Indian journal of veterinary science and animal husbandry - Volume 11,
Year: 1941
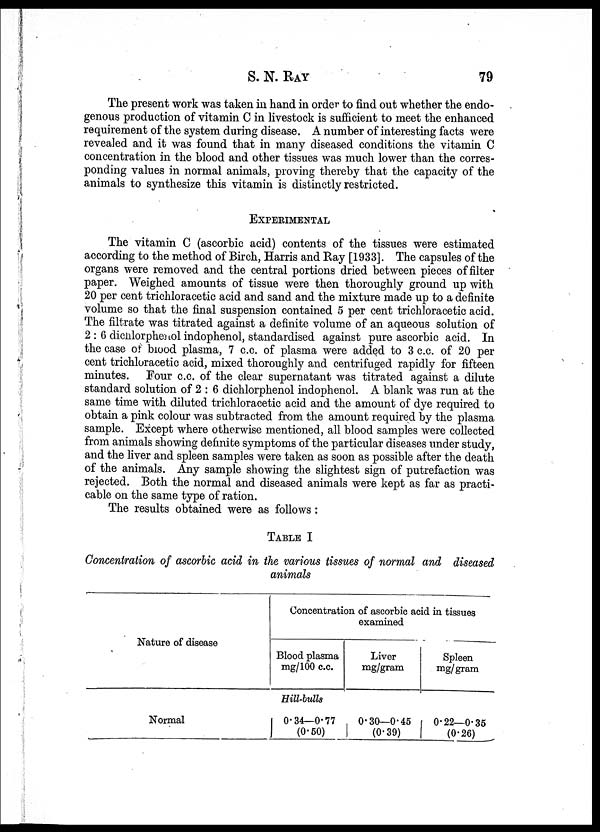
S. N.
RAY
79
The present work was taken in hand in order to find out whether the endo-
genous production of vitamin C in livestock is sufficient to meet the enhanced
requirement of the system during disease. A number of interesting facts were
revealed and it was found that in many diseased conditions the vitamin C
concentration in the blood and other tissues was much lower than the corres-
ponding values in normal animals, proving thereby that the capacity of the
animals to synthesize this vitamin is distinctly restricted.
EXPERIMENTAL
The vitamin C (ascorbic acid) contents of the tissues were estimated
according to the method of Birch, Harris and Ray [1933]. The capsules of the
organs were removed and the central portions dried between pieces of filter
paper. Weighed amounts of tissue were then thoroughly ground up with
20 per cent trichloracetic acid and sand and the mixture made up to a definite
volume so that the final suspension contained 5 per cent trichloracetic acid.
The filtrate was titrated against a definite volume of an aqueous solution of
2 : 6 dichlorphenol indophenol, standardised against pure ascorbic acid. In
the case of blood plasma, 7 c. c. of plasma were added to 3 c. c. of 20 per
cent trichloracetic acid, mixed thoroughly and centrifuged rapidly for fifteen
minutes. Four c. c. of the clear supernatant was titrated against a dilute
standard solution of 2 : 6 dichlorphenol indophenol. A blank was run at the
same time with diluted trichloracetic acid and the amount of dye required to
obtain a pink colour was subtracted from the amount required by the plasma
sample. Except where otherwise mentioned, all blood samples were collected
from animals showing definite symptoms of the particular diseases under study,
and the liver and spleen samples were taken as soon as possible after the death
of the animals. Any sample showing the slightest sign of putrefaction was
rejected. Both the normal and diseased animals were kept as far as practi-
cable on the same type of ration.
The results obtained were as follows:
TABLE I
Concentration of ascorbic acid in the various tissues of normal and diseased
animals
Nature of disease
Normal
Concentration of ascorbic acid in tissues
examined
Blood plasma
mg/100 c. c.
Hill-bulls
0.34—0.77
(0.50)
Liver
mg/gram
0.30—0.45
(0.39)
Spleen
mg/gram
0.22—0.35
(0.26)